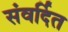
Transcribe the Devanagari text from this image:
संवर्दित